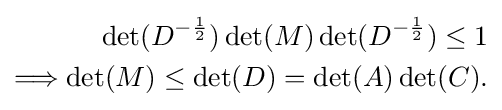
{\begin{aligned}\det(D^{-{\frac {1}{2}}})\det(M)\det(D^{-{\frac {1}{2}}})\leq 1\\\Longrightarrow \det(M)\leq \det(D)=\det(A)\det(C).\end{aligned}}